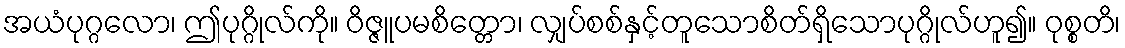
အယံပုဂ္ဂလော၊ ဤပုဂ္ဂိုလ်ကို။ ဝိဇ္ဇူပမစိတ္တော၊ လျှပ်စစ်နှင့်တူသောစိတ်ရှိသောပုဂ္ဂိုလ်ဟူ၍။ ဝုစ္စတိ၊